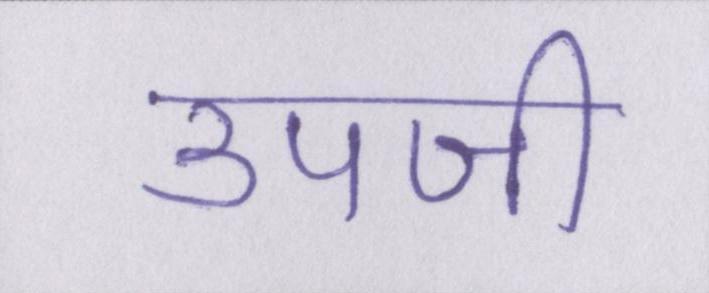
उपजी